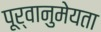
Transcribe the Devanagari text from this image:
पूर्वानुमेयता